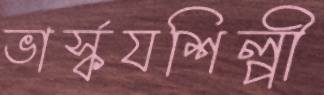
ভার্স্কযশিল্পী